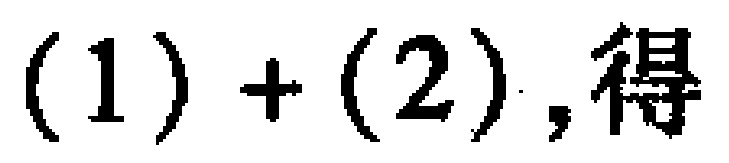
$(1)+(2),得$